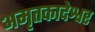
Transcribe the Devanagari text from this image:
अमृतकादेश्वर